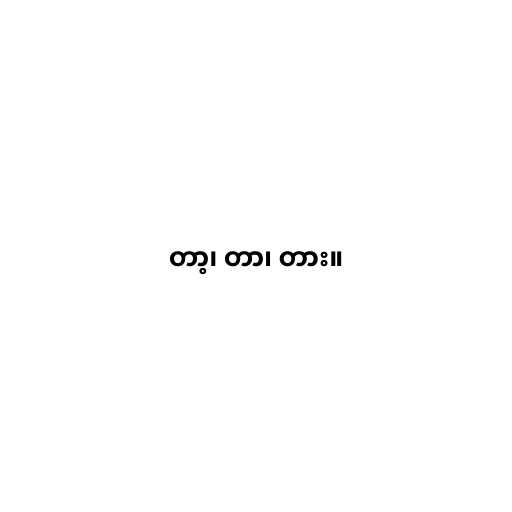
တာ့၊ တာ၊ တား။